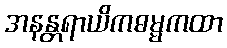
အနန္တရာယိကဓမ္မကထာ